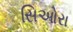
સિઓરા